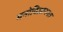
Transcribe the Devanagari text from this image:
मनोविज्ञानगत